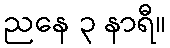
ညနေ ၃ နာရီ။